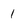
Character: 1